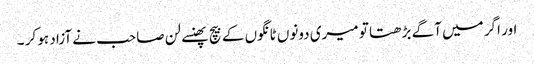
اور اگر میں آگے بڑھتا تو میری دونوں ٹانگوں کے بیچ پھنسے لن صاحب نے آزاد ہو کر ۔